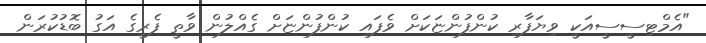
"އެމްޓިސީސީއަކީ ވިޔަފާރި ކުންފުންޏަކަށް ވެފައި ކުންފުންޏަށް ގެއްލުން ވާތީ ފެރީގެ އަގު ބޮޑުކުރަން